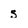
Character: s